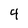
Character: 4